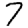
Digit: 7